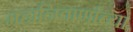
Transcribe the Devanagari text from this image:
महानिवार्णाच्या